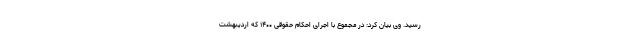
رسید. وی بیان کرد: در مجموع با اجرای احکام حقوقی ۱۴۰۰ که اردیبهشت